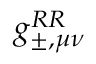
g _ { \pm , \mu \nu } ^ { R R }